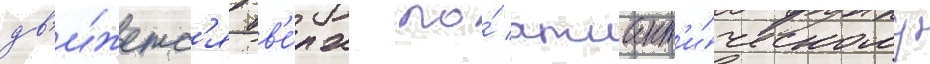
дв'и́жетс'я вв'е́рх по́ атлант'и́ческому